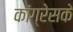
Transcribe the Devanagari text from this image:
कांग्रेसके